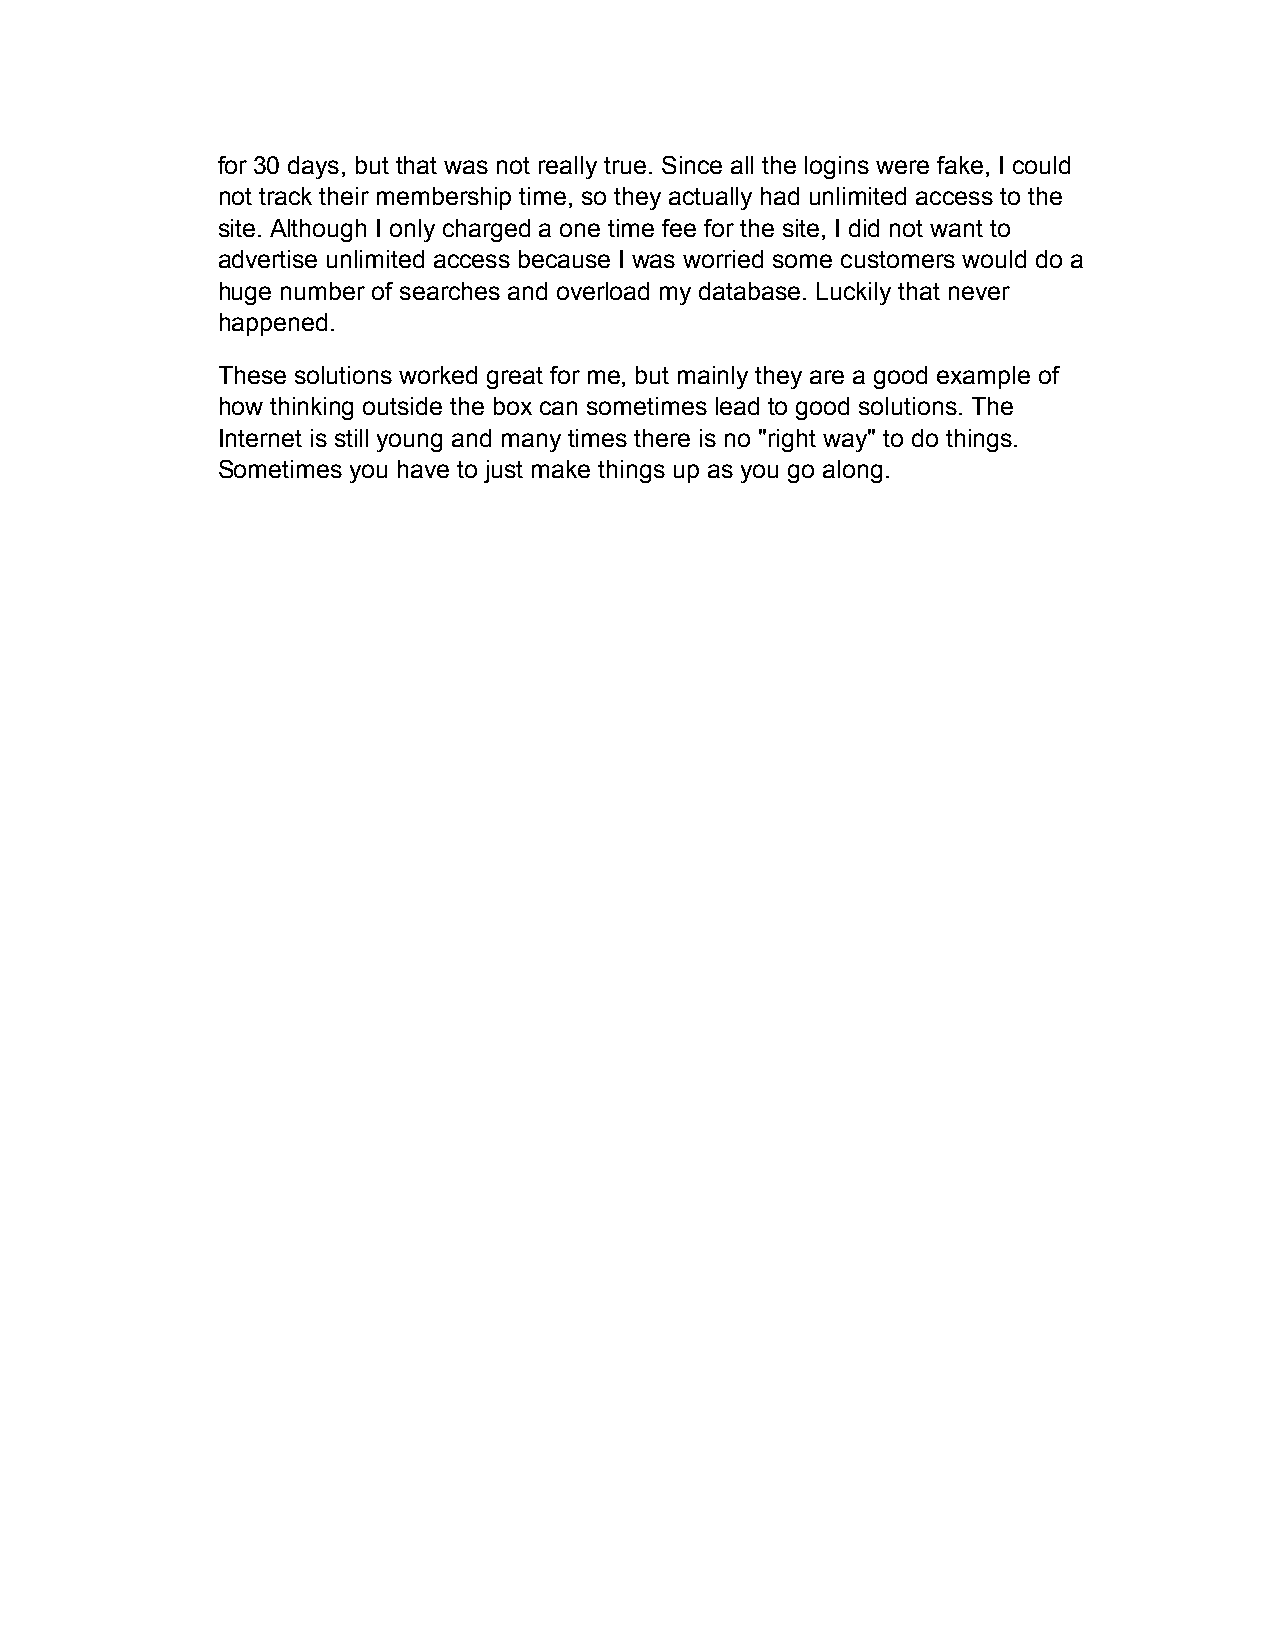
for 30 days, but that was not really true. Since all the logins were fake, I could
 not track their membership time, so they actually had unlimited access to the
 site. Although I only charged a one time fee for the site, I did not want to
 advertise unlimited access because I was worried some customers would do a
 huge number of searches and overload my database. Luckily that never
 happened.
 These solutions worked great for me, but mainly they are a good example of
 how thinking outside the box can sometimes lead to good solutions. The
 Internet is still young and many times there is no "right way" to do things.
 Sometimes you have to just make things up as you go along.